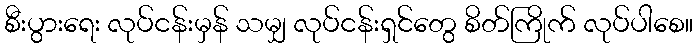
စီးပွားရေး လုပ်ငန်းမှန် သမျှ လုပ်ငန်းရှင်တွေ စိတ်ကြိုက် လုပ်ပါစေ။